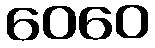
ဝေဝေ